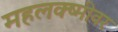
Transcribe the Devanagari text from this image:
महलक्ष्मीवर